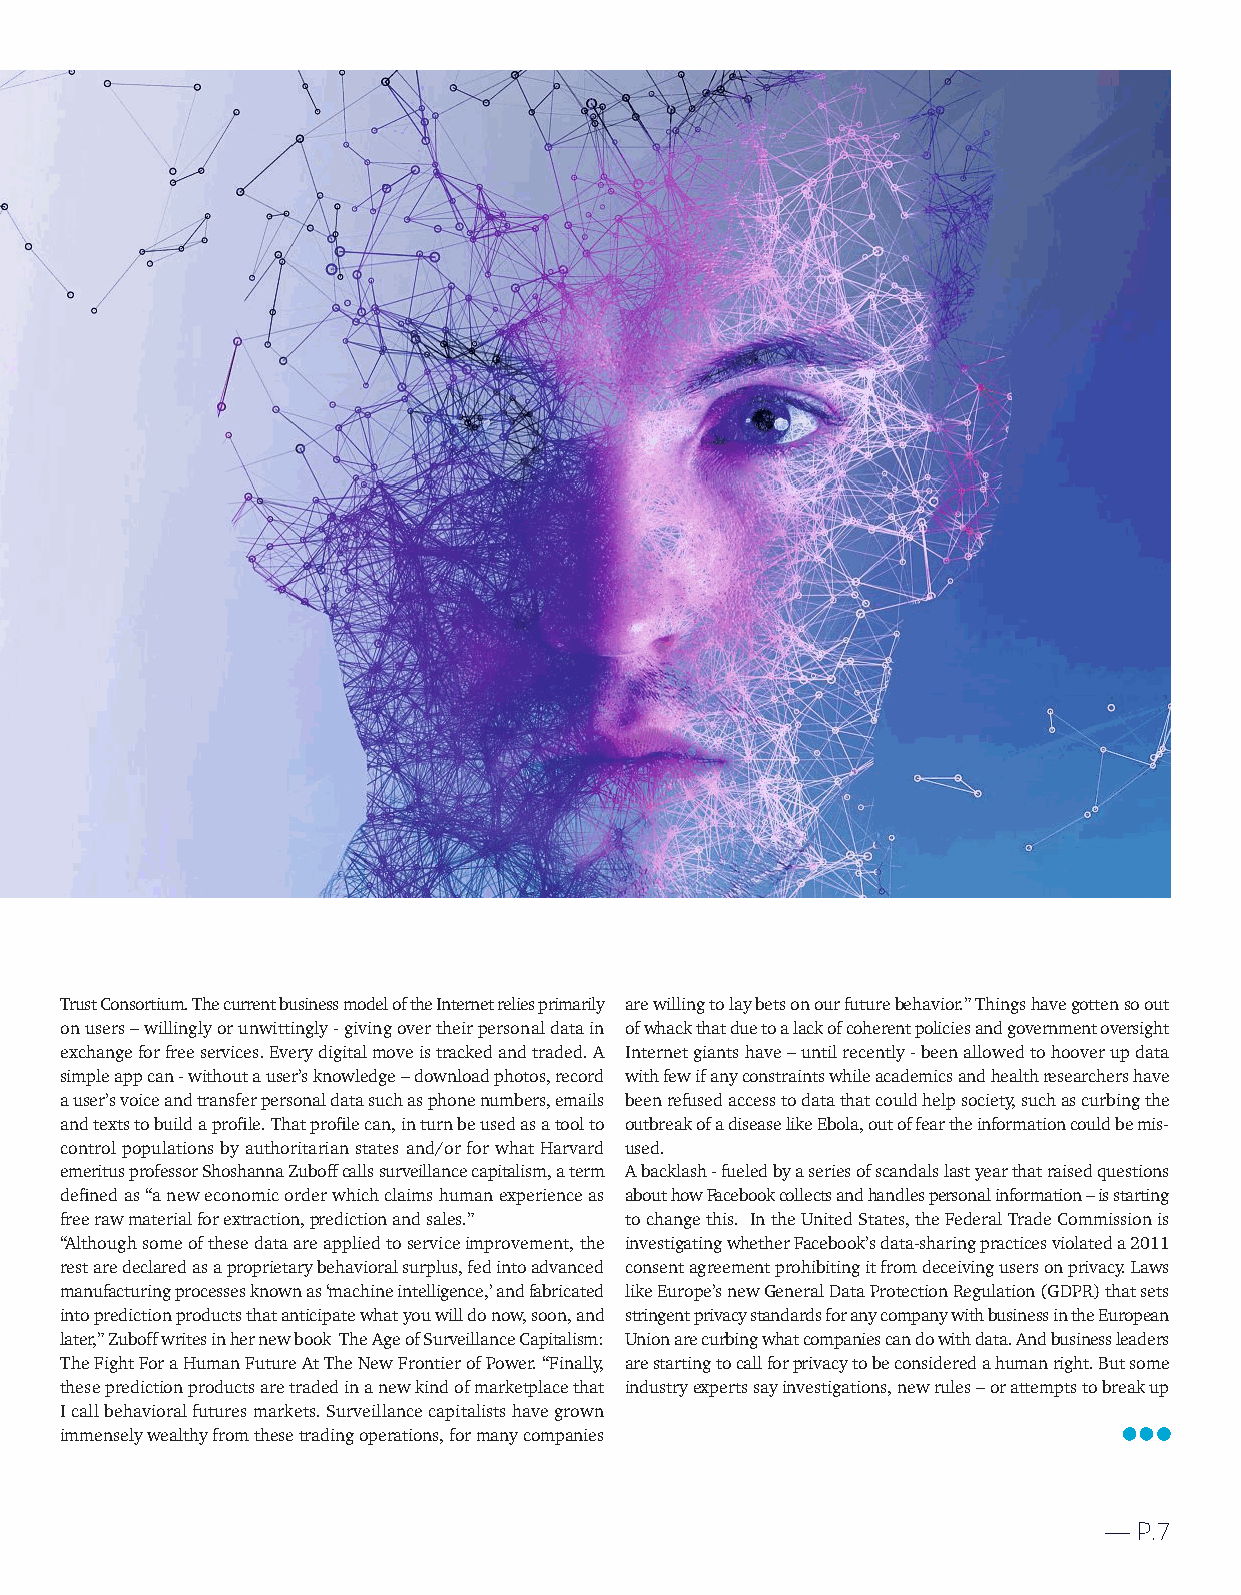
TrustConsortium.ThecurrentbusinessmodeloftheInternetreliesprimarily arewillingtolaybetsonourfuturebehavior.”Thingshavegottensoout
 onusers–willinglyorunwittingly-givingovertheirpersonaldatain ofwhackthatduetoalackofcoherentpoliciesandgovernmentoversight
 exchangeforfreeservices.Everydigitalmoveistrackedandtraded.A Internetgiantshave–untilrecently-beenallowedtohooverupdata
 simpleappcan-withoutauser’sknowledge–downloadphotos,record withfewifanyconstraintswhileacademicsandhealthresearchershave
 auser’svoiceandtransferpersonaldatasuchasphonenumbers,emails beenrefusedaccesstodatathatcouldhelpsociety,suchascurbingthe
 andtextstobuildaprofile.Thatprofilecan,inturnbeusedasatoolto outbreakofadiseaselikeEbola,outoffeartheinformationcouldbemis-
 controlpopulationsbyauthoritarianstatesand/orforwhatHarvard used.
 emeritusprofessorShoshannaZuboffcallssurveillancecapitalism,aterm Abacklash-fueledbyaseriesofscandalslastyearthatraisedquestions
 definedas“aneweconomicorderwhichclaimshumanexperienceas abouthowFacebookcollectsandhandlespersonalinformation–isstarting
 freerawmaterialforextraction,predictionandsales.” tochangethis. IntheUnitedStates,theFederalTradeCommissionis
 “Althoughsomeofthesedataareappliedtoserviceimprovement,the investigatingwhetherFacebook’sdata-sharingpracticesviolateda2011
 restaredeclaredasaproprietarybehavioralsurplus,fedintoadvanced consentagreementprohibitingitfromdeceivingusersonprivacy.Laws
 manufacturingprocessesknownas‘machineintelligence,’andfabricated likeEurope’snewGeneralDataProtectionRegulation(GDPR)thatsets
 intopredictionproductsthatanticipatewhatyouwilldonow,soon,and stringentprivacystandardsforanycompanywithbusinessintheEuropean
 later,”Zuboffwritesinhernewbook TheAgeofSurveillanceCapitalism: Unionarecurbingwhatcompaniescandowithdata.Andbusinessleaders
 TheFightForaHumanFutureAtTheNewFrontierofPower.“Finally, arestartingtocallforprivacytobeconsideredahumanright.Butsome
 thesepredictionproductsaretradedinanewkindofmarketplacethat industryexpertssayinvestigations,newrules–orattemptstobreakup
 Icallbehavioralfuturesmarkets.Surveillancecapitalistshavegrown
 immenselywealthyfromthesetradingoperations,formanycompanies
 —P.7